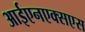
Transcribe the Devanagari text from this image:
आईएनएक्सएस